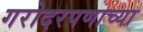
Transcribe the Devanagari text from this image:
गरोदरपणाच्या